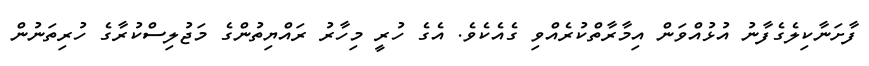
ފާށަނާކިލެގެފާނު އުޅުއްވަން އިމާރާތްކުރެއްވި ގެއެކެވެ. އެގެ ހުރީ މިހާރު ރައްޔިތުންގެ މަޖުލިސްކުރާގެ ހުރިތަނުން